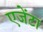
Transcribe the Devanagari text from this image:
एजेंटा